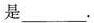
是___。